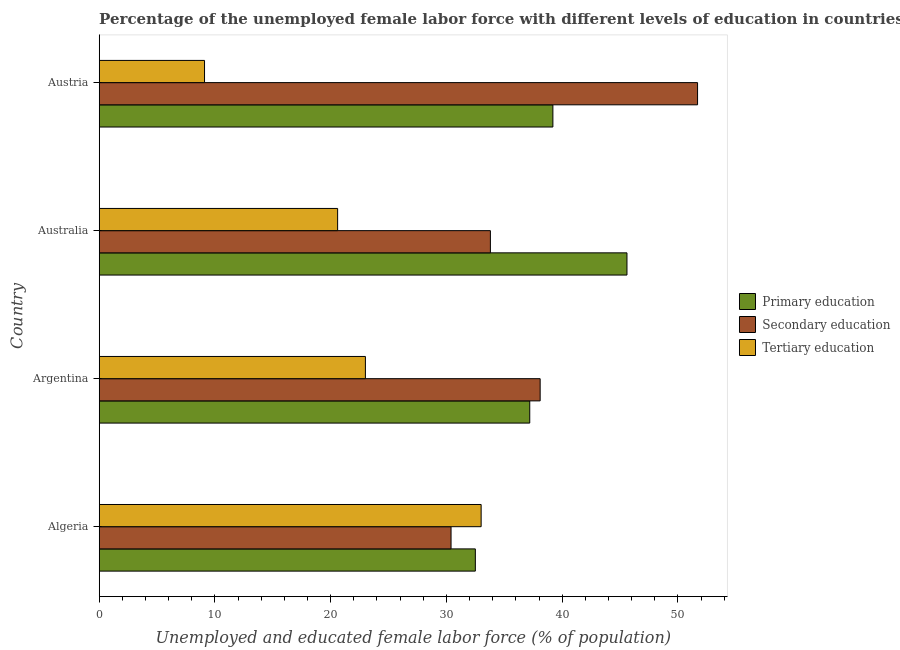
| Country | Primary education | Secondary education | Tertiary education |
 | --- | --- | --- | --- |
 | Algeria | 32.5 | 30.4 | 33 |
 | Argentina | 37.2 | 38.1 | 23 |
 | Australia | 45.6 | 33.8 | 20.6 |
 | Austria | 39.2 | 51.7 | 9.1 |